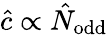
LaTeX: \hat{c}\propto\hat{N}_{\mathrm{odd}}